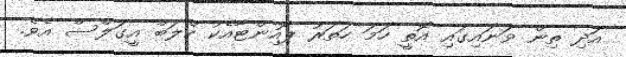
އަދި ތިން ވަނައިގައި އޮތީ ހަމަ ހަތަރު ޕޮއިންޓާއެކު ކްލަބް އީގަލްސް އެވެ.